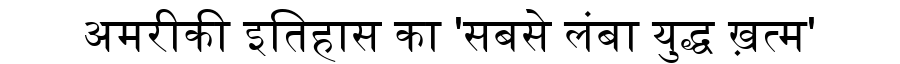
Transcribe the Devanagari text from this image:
अमरीकी इतिहास का 'सबसे लंबा युद्ध ख़त्म'